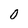
Character: 0